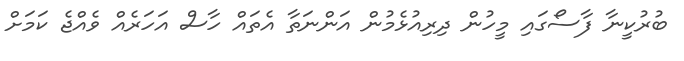
ބުރުކީނާ ފާސޯގައި މީހުން ދިރިއުޅެމުން އަންނަތާ އެތައް ހާސް އަހަރެއް ވެއްޖެ ކަމަށް